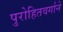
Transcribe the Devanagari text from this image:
पुरोहितवर्गाने